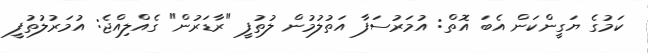
ކަމުގެ ޔަގީންކަން އެބަ އޮތް: އުމަރުސަފާ އަތުލުމުން ލުތުފީ "ރާޑަރުން" ގެއްލިއްޖެ: އުމަރުލުތުފީ